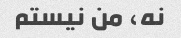
نه، من نیستم